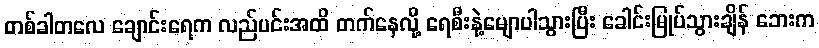
တစ်ခါတလေ ချောင်းရေက လည်ပင်းအထိ တက်နေလို့ ရေစီးနဲ့မျောပါသွားပြီး ခေါင်းမြုပ်သွားချိန် ဘေးက